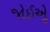
જોઈએૢ